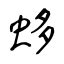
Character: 蛥